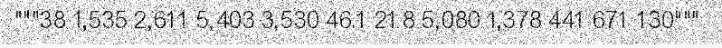
"""38 1,535 2,611 5,403 3,530 46.1 21.8 5,080 1,378 441 671 130"""